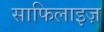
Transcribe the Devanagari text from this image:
साफिलाइज़